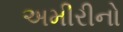
અમીરીનો